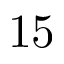
1 5